Tartu_pedagoogiumi_aruanded, lk 84
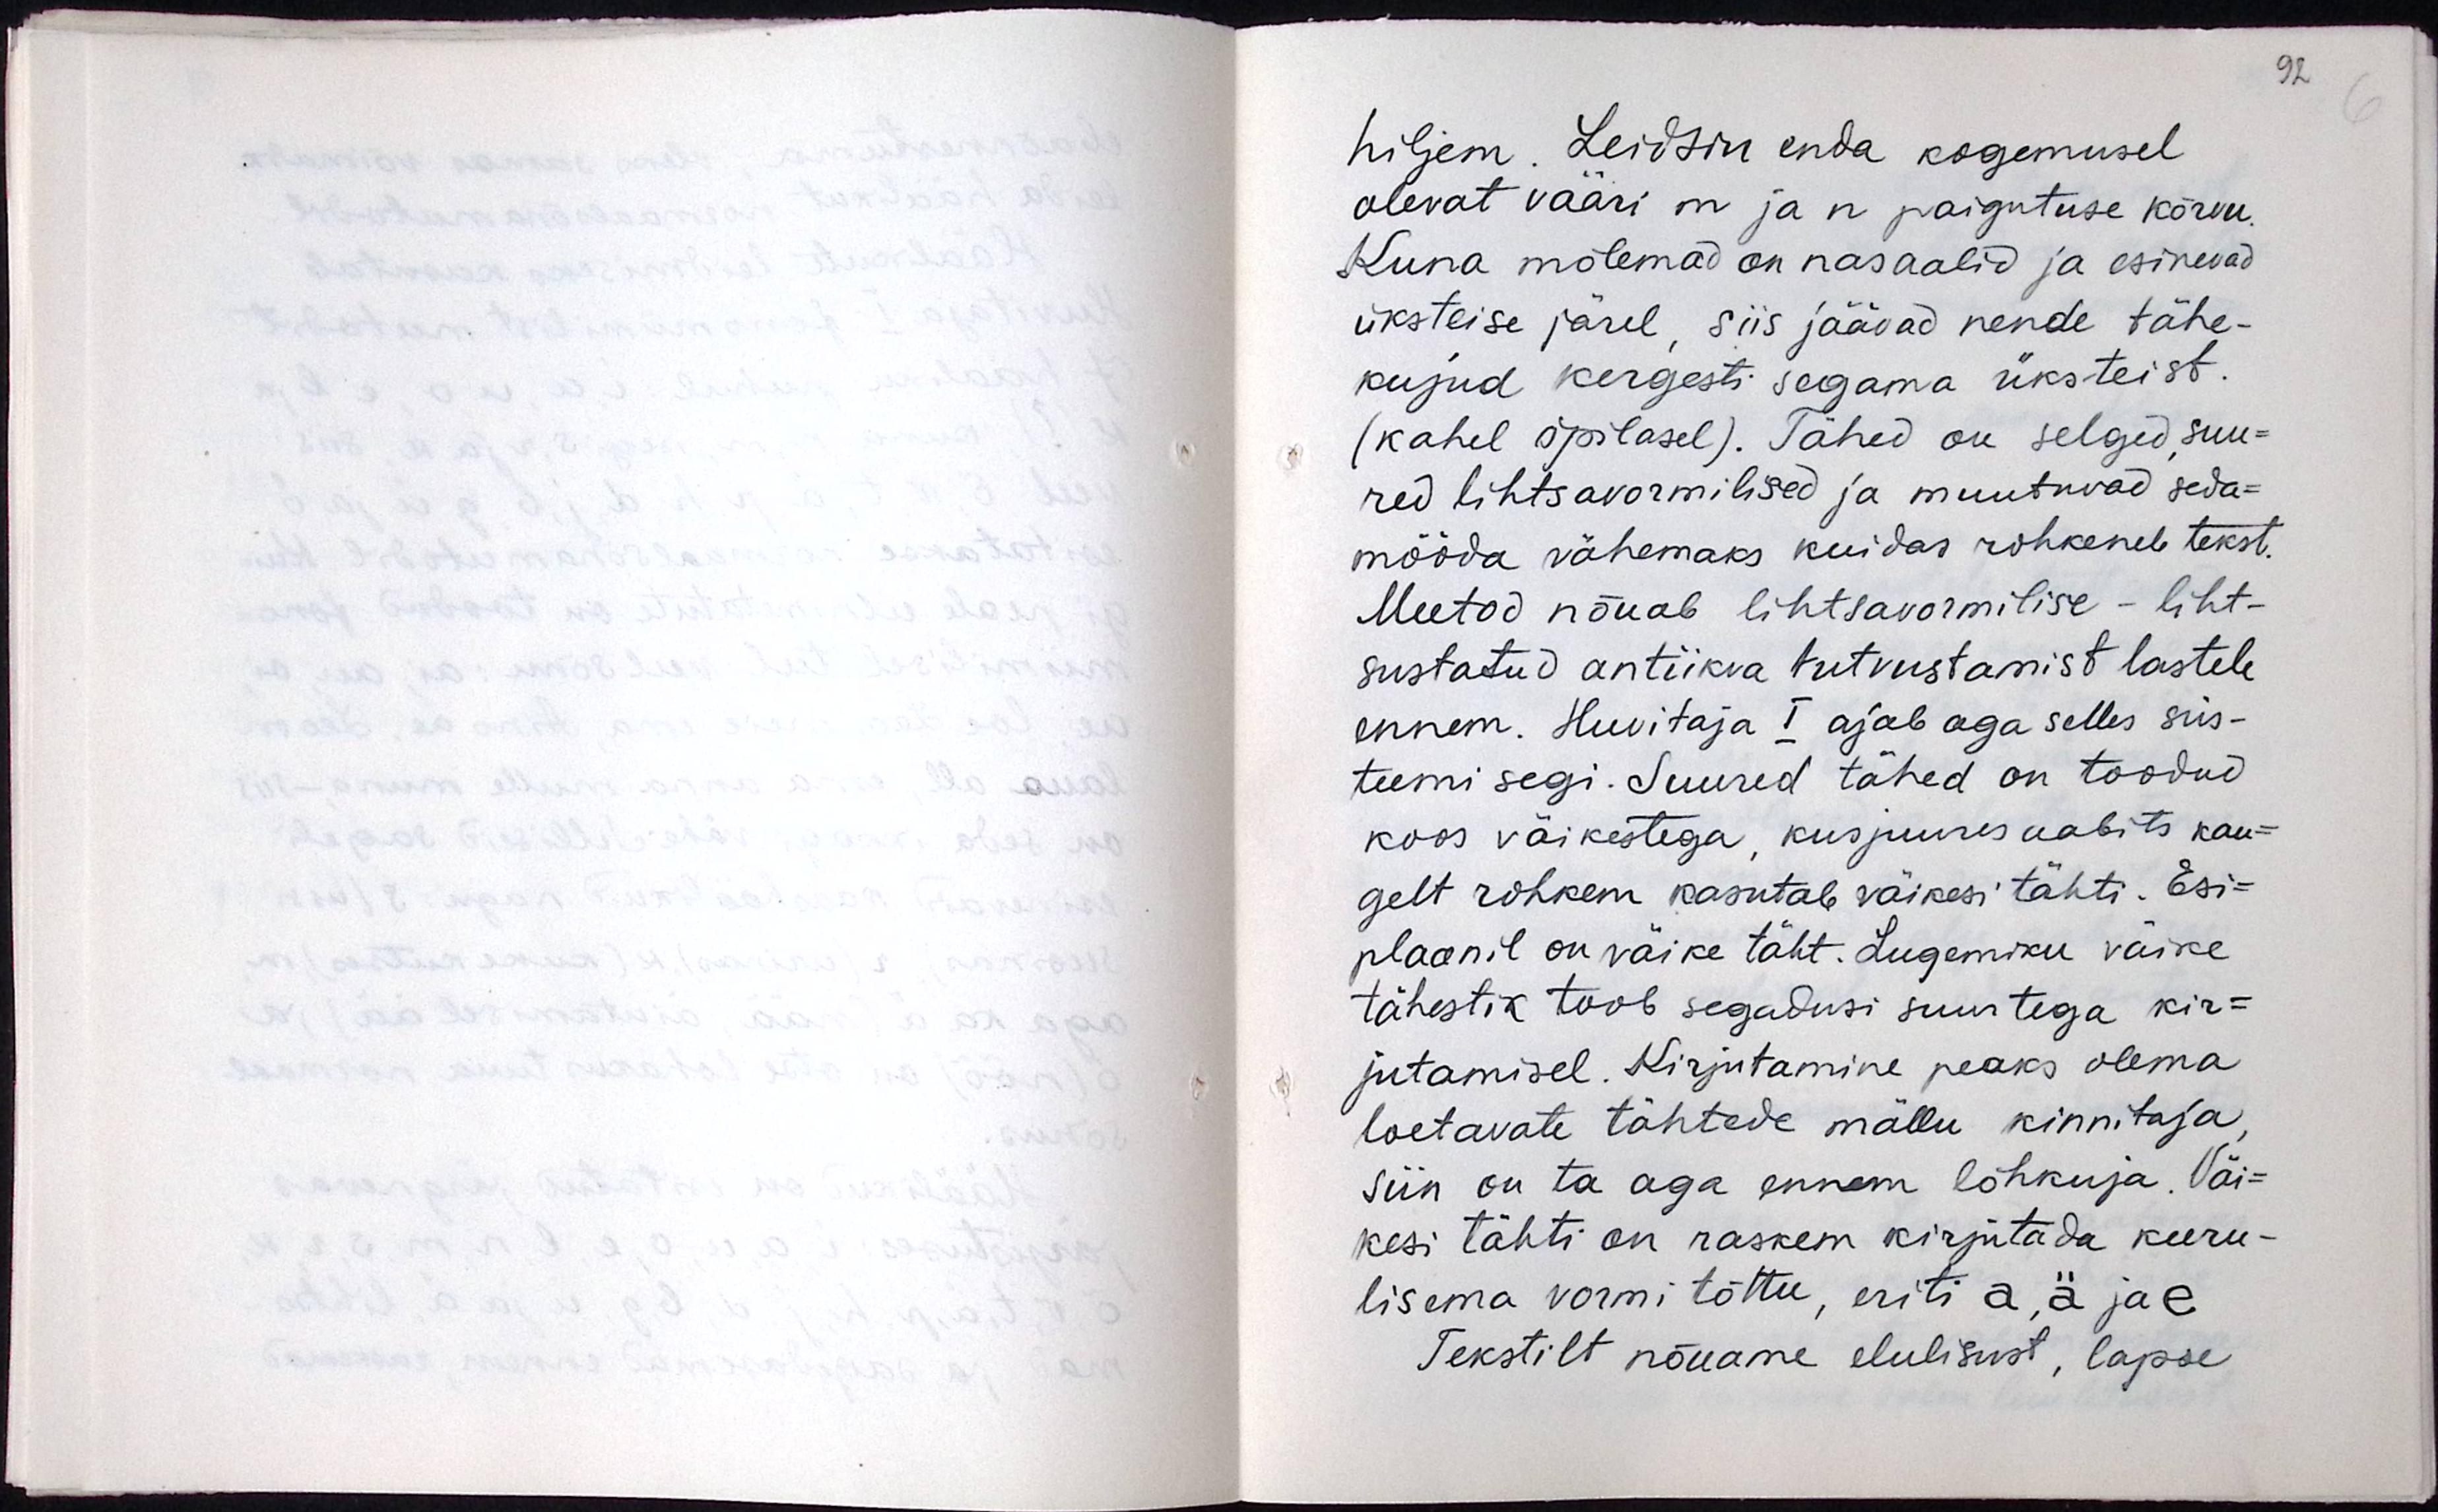
hiljem. Leidsin enda kogemusel
olevat vääri m ja n paigutuse kõrvu.
Kuna mõlemad on nasaalid ja esinevad
üksteist järel, siis jäävad nende tähe-
kujud kergesti segama üksteist
(kahel õpilasel). Tähed on selged, suu-
red lihtsavormilised ja muutuvad seda-
mööda vähemaks kuidas rohkeneb tekst.
Meetod nõuab lihtsavormilise - liht-
susatud antiikva tutvustamist lastele
ennem. Huvitaja I ajab aga selles süs-
teemi segi. Suured tähed on toodud
koos väikestega, kusjuures aabits kau-
gelt rohkem kasutab väikesi tähti. Esi-
plaanil on väike täht. Lugemiku väike
tähestik toob segadusi suurtega kir-
jutamisel. Kirjutamine peaks olema
loetavate tähtede mällu kinnitaja,
siin on ta aga ennem lõhkuja. Väi-
kesi tähti on raskem kirjutada keeru-
lisema vormi tõttu, eriti a, ä ja e.
Tekstilt nõuame elulisust, lapse